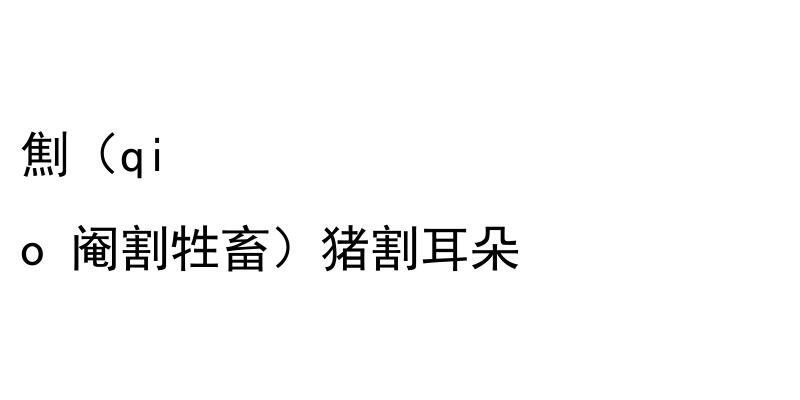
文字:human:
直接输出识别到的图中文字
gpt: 劁（qi o 阉割牲畜）猪割耳朵